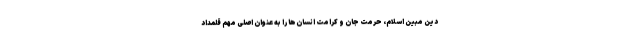
دین مبین اسلام، حرمت جان و کرامت انسان‌ها را به عنوان اصلی مهم قلمداد